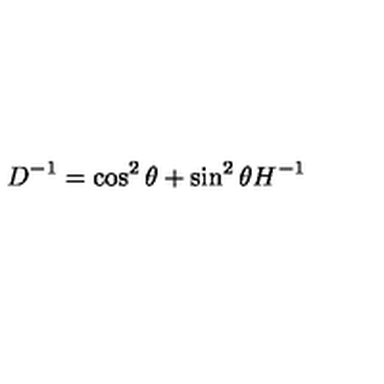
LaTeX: D ^ { - 1 } = \cos ^ { 2 } \theta + \sin ^ { 2 } \theta H ^ { - 1 }